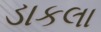
ડાકલા